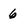
Character: 6